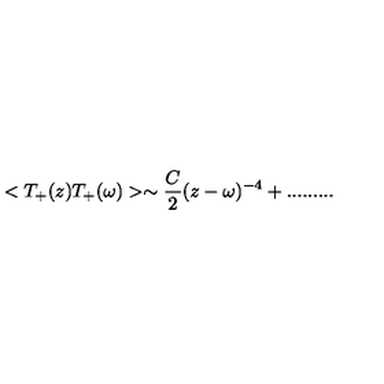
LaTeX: < T _ { + } ( z ) T _ { + } ( \omega ) > \sim \frac { C } { 2 } ( z - \omega ) ^ { - 4 } + . . . . . . . . .